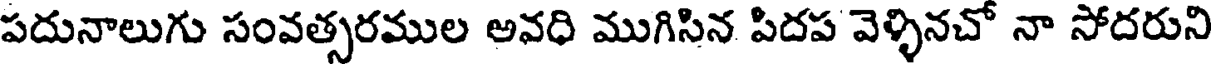
పదునాలుగు సంవత్సరముల అవధి ముగిసిన పిదప వెళ్ళినచో నా సోదరుని